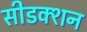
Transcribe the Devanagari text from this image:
सीडक्शन